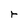
Character: r